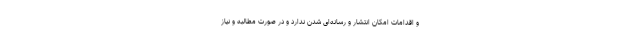
و اقدامات امکان انتشار و رسانه‌ای شدن ندارد و در صورت مطالبه و نیاز